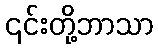
၎င်းတို့ဘာသာ